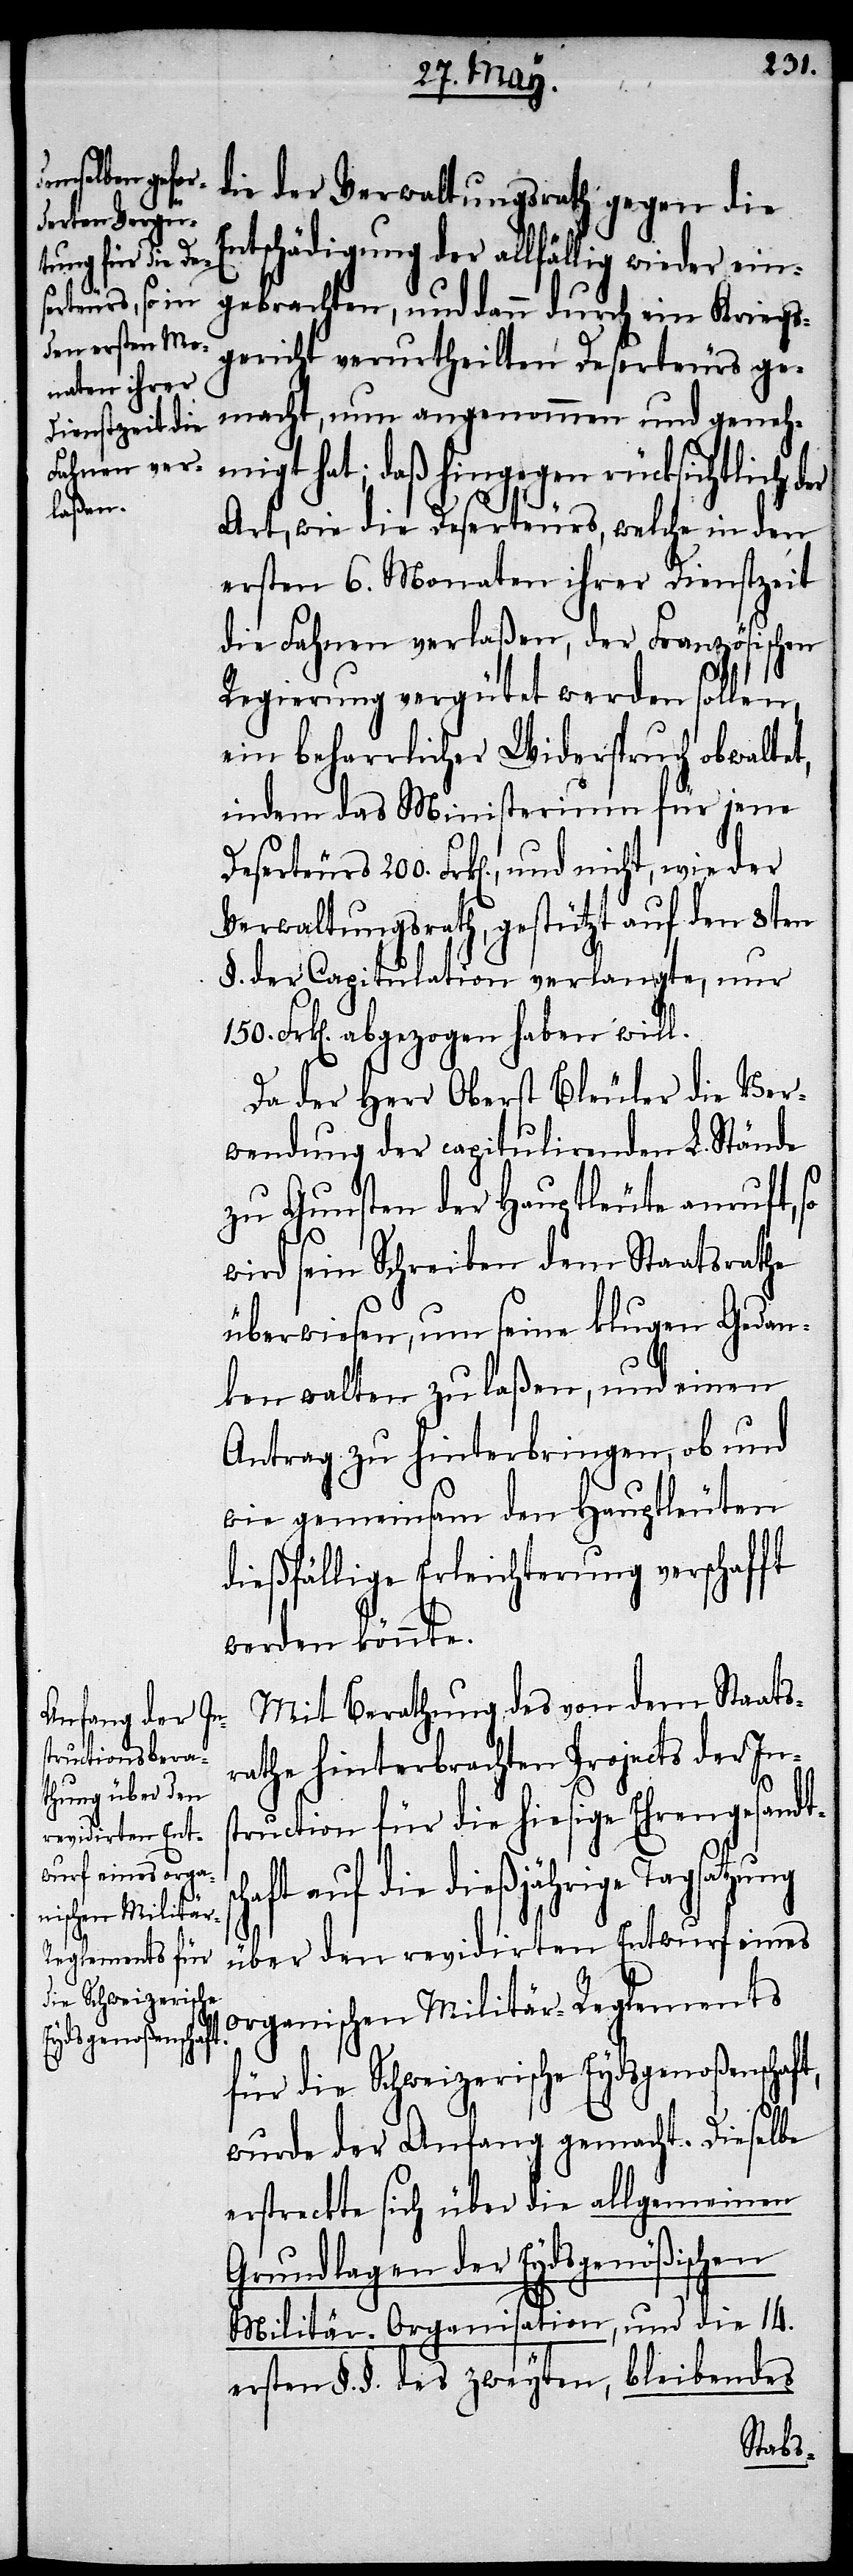
die der Verwaltungsrath gegen die
Entschädigung der allfällig wieder ein¬
sc¬
gebrachten, und dann durch ein Kriegs¬
gericht verurtheilten Deserteurs ge¬
macht, nun angenommen und geneh¬
hat; daß hingegen rücksichtlich
Art, wie die Deserteurs, welche in den
ersten 6. Monaten ihrer Dienstzeit
die Fahnen verlaßen, der Französischen
Regierung vergütet werden sollen,
ein beharrlicher Widerspruch obwaltet,
indem das Ministerium für jene
Verwaltungsrath, gestützt auf den 8ten
§. der Capitulation verlangte, nur
150. Frk[en]. abgezogen haben will.
Da der Herr Oberst Bleuler die Ver¬
wendung der capitulirenden L. Stände
zu Gunsten der Hauptleute anruft,
wird sein Schreiben dem Staatsrathe
überwiesen, um seine klugen Gedan¬
ken walten zu laßen, und einen
Antrag zu hinterbringen, ob und
wie gemeinsam den Hauptleuten
dießfällige Erleichterung verschafft
werden könnte.
Mit Berathung des von dem Staats¬
rathe hinterbrachten Projects der Ins¬
200.
truction für die hiesige Ehrengesandt¬
haft auf die dießjährige Tagsatzung
migt
über den revidirten Entwurf eines
organischen Militär-Reglements
und nicht,
für die Schweizerische Eydsgenoßenschaft,
wurde der Anfang gemacht. Dieselbe
erstreckte sich über die allgemeinen
Grundlagen der Eydsgenößischen
Militär-Organisation, und die 14.
ersten §. §. des zweyten, bleibendes